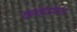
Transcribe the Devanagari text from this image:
काव्यप्रकश